Juri_Uluots, lk 34
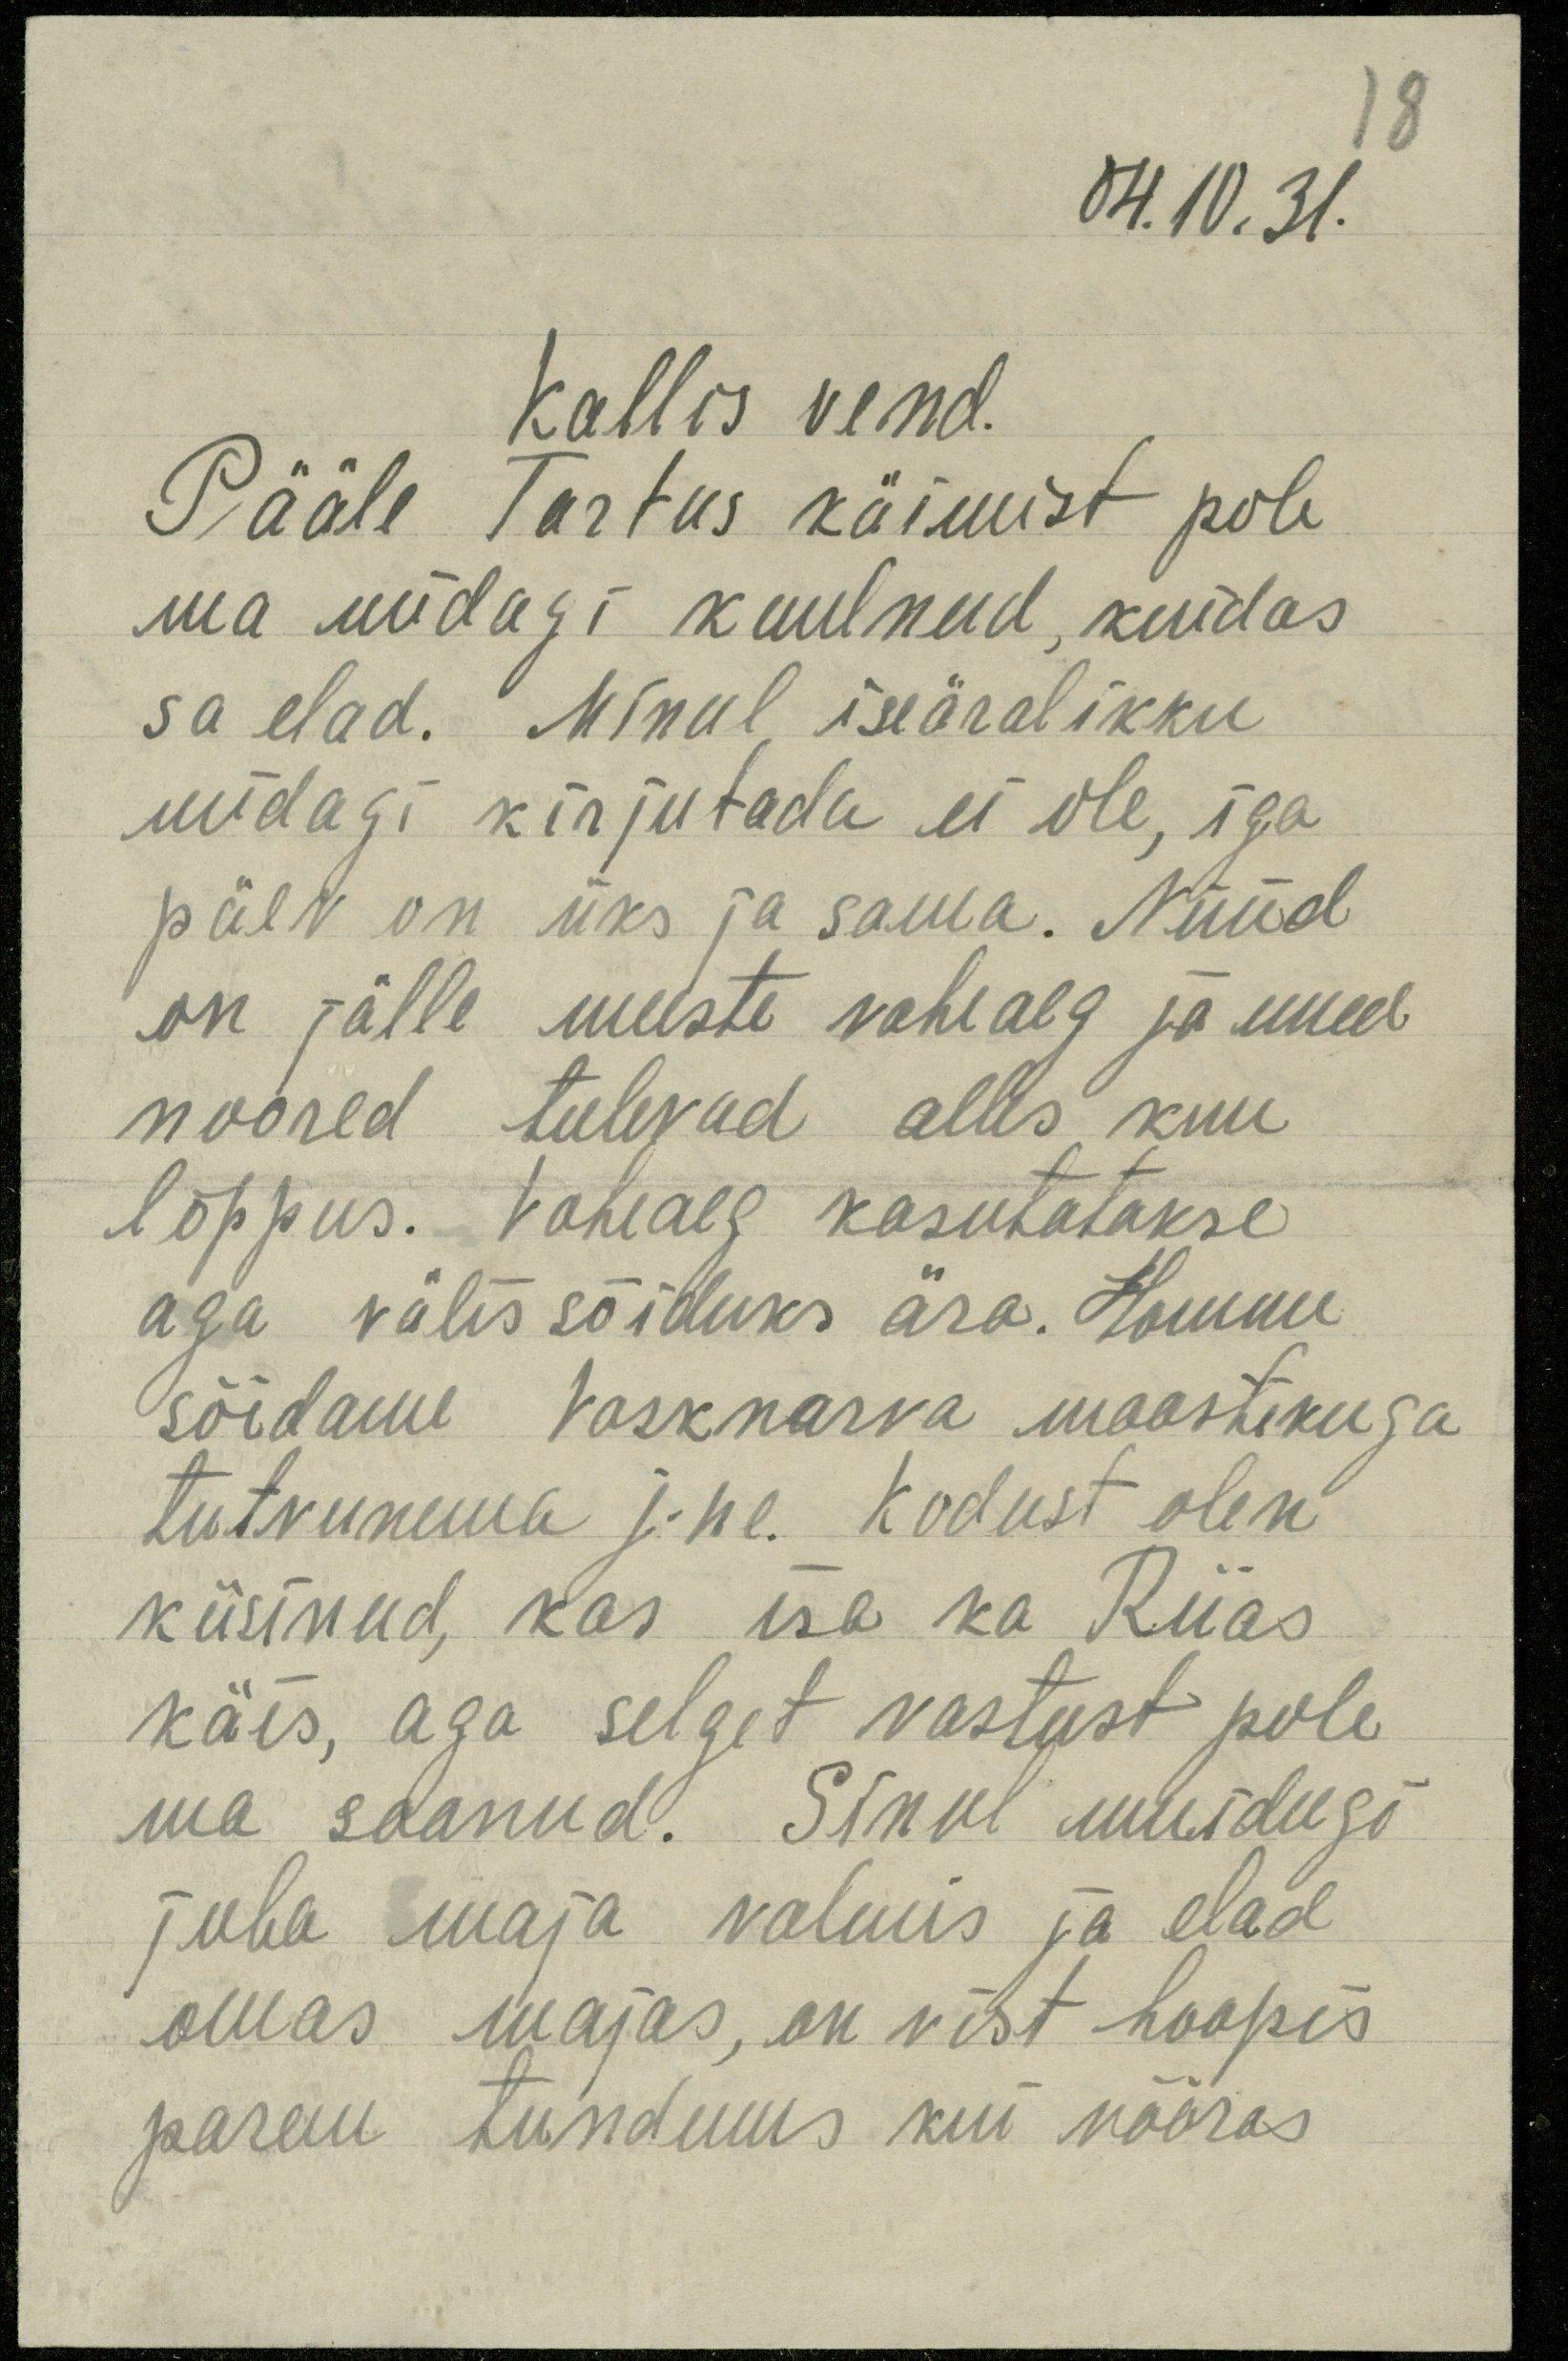
04.10.31.
Kallis vend.
Pääle Tartus käimist pole
ma midagi kuulnud, kuidas
sa elad. Minul iseäralikku
midagi kirjutada ei ole, iga
päev on üks ja sama. Nüüd
on jälle meeste vaheaeg ja uued
noored tulevad alles kuu
lõppus. Vaheaeg kasutatakse
aga välis sõiduks ära. Homme
sõidame Vasknarva maastikuga
tutvunema jne. Kodust olen
küsinud, kas isa ka Riias
käis, aga selget vastust pole
ma saanud. Sinul muidugi
juba maja valmis ja elad
omas majas, on vist hoopis
parem tundmus kui võõras